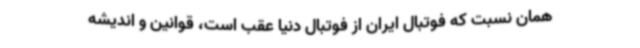
همان نسبت که فوتبال ایران از فوتبال دنیا عقب است، قوانین و اندیشه